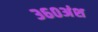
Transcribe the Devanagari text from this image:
३६०अंश